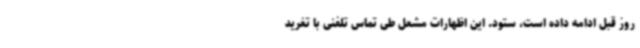
روز قبل ادامه داده است، ستود. این اظهارات مشعل طی تماس تلفنی با تغرید